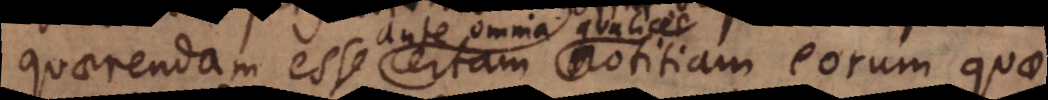
quaerendam esse certam notitiam eorum quae